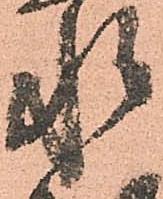
惶